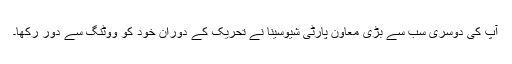
آپ کی دوسری سب سے بڑی معاون پارٹی شیوسینا نے تحریک کے دوران خود کو ووٹنگ سے دور رکھا۔